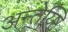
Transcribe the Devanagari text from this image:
अन्तेय्ष्टि